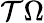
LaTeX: \mathcal T\Omega